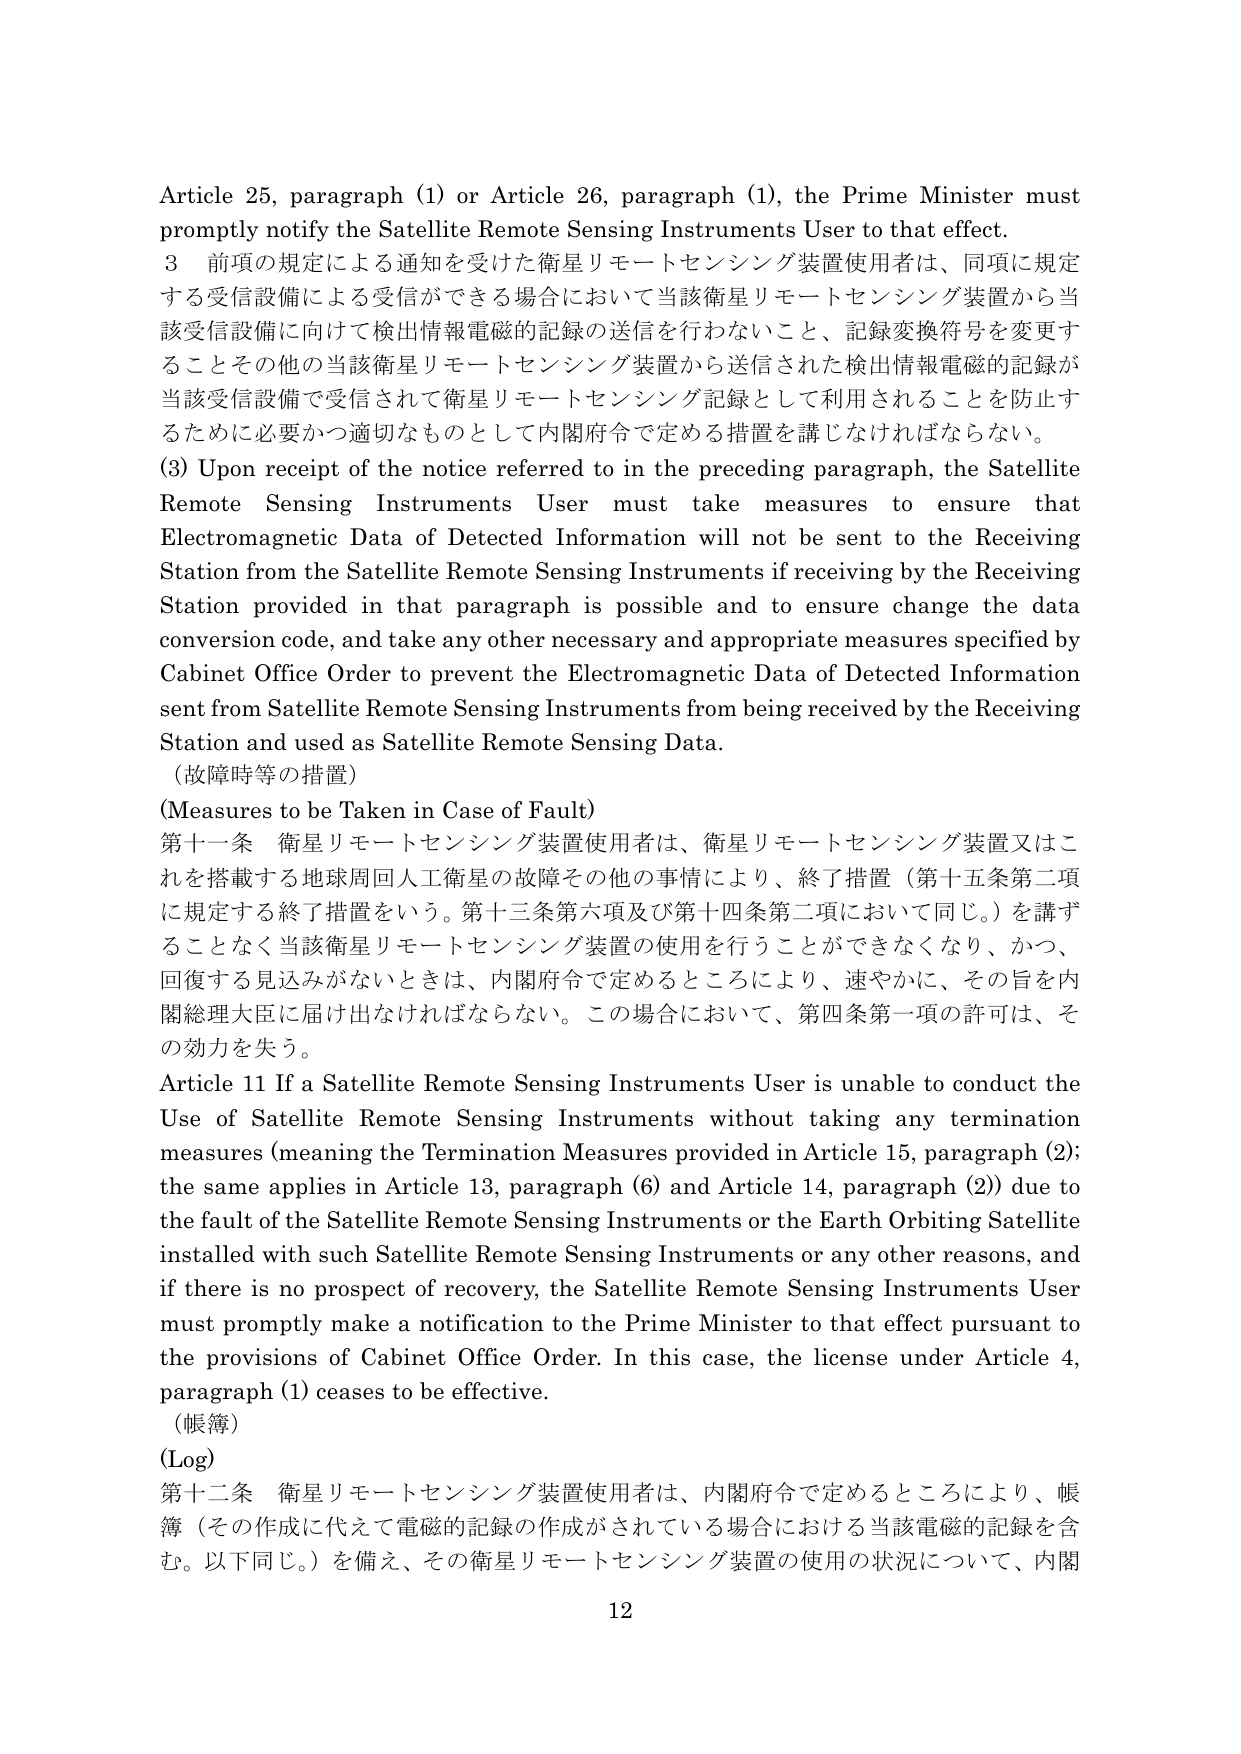
Article 25, paragraph (1) or Article 26, paragraph (1), the Prime Minister must promptly notify the Satellite Remote Sensing Instruments User to that effect.

3 前項の規定による通知を受けた衛星リモートセンシング装置使用者は、同項に規定する受信設備による受信ができる場合において当該衛星リモートセンシング装置から当該受信設備に向けて検出情報電磁的記録の送信を行わないこと、記録変換符号を変更することその他の当該衛星リモートセンシング装置から送信された検出情報電磁的記録が当該受信設備で受信されて衛星リモートセンシング記録として利用されることを防止するために必要かつ適切なものとして内閣府令で定める措置を講じなければならない。

(3) Upon receipt of the notice referred to in the preceding paragraph, the Satellite Remote Sensing Instruments User must take measures to ensure that Electromagnetic Data of Detected Information will not be sent to the Receiving Station from the Satellite Remote Sensing Instruments if receiving by the Receiving Station provided in that paragraph is possible and to ensure change the data conversion code, and take any other necessary and appropriate measures specified by Cabinet Office Order to prevent the Electromagnetic Data of Detected Information sent from Satellite Remote Sensing Instruments from being received by the Receiving Station and used as Satellite Remote Sensing Data.

（故障時等の措置）

(Measures to be Taken in Case of Fault)

第十一条 衛星リモートセンシング装置使用者は、衛星リモートセンシング装置又はこれを搭載する地球周回人工衛星の故障その他の事情により、終了措置（第十五条第二項に規定する終了措置をいう。第十三条第六項及び第十四条第二項において同じ。）を講ずることなく当該衛星リモートセンシング装置の使用を行うことができなくなり、かつ、回復する見込みがないときは、内閣府令で定めるところにより、速やかに、その旨を内閣総理大臣に届け出なければならない。この場合において、第四条第一項の許可は、その効力を失う。

Article 11 If a Satellite Remote Sensing Instruments User is unable to conduct the Use of Satellite Remote Sensing Instruments without taking any termination measures (meaning the Termination Measures provided in Article 15, paragraph (2); the same applies in Article 13, paragraph (6) and Article 14, paragraph (2)) due to the fault of the Satellite Remote Sensing Instruments or the Earth Orbiting Satellite installed with such Satellite Remote Sensing Instruments or any other reasons, and if there is no prospect of recovery, the Satellite Remote Sensing Instruments User must promptly make a notification to the Prime Minister to that effect pursuant to the provisions of Cabinet Office Order. In this case, the license under Article 4, paragraph (1) ceases to be effective.

（帳簿）

(Log)

第十二条 衛星リモートセンシング装置使用者は、内閣府令で定めるところにより、帳簿（その作成に代えて電磁的記録の作成がされている場合における当該電磁的記録を含む。以下同じ。）を備え、その衛星リモートセンシング装置の使用の状況について、内閣

12